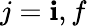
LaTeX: j=\mathbf{i},f